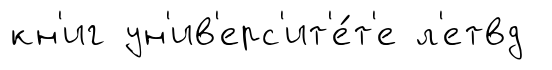
кн'иг ун'ив'ерс'ит'е́т'е л'етвд